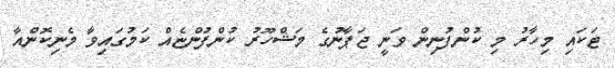
ޓަކައި މިހާރު މި ކުންފުނިން ވަނީ ޖަޕާނުގެ މަޝްހޫރު ކުންފުންޏެއް ކަމުގައިވާ މެނިކޮންއާ